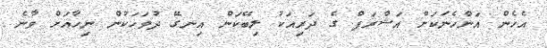
އެހެން އަންހެނަކަށް އަޝްރަފް ގެ ދަރިއަކު ލިބޭކަން އިނގޭ ދުވަހަކުން ނިހާއަށް ވާނެ